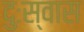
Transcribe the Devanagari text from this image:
दुःस्वास